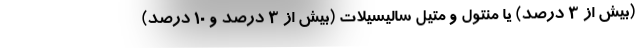
(بیش از 3 درصد) یا منتول و متیل سالیسیلات (بیش از 3 درصد و 10 درصد)